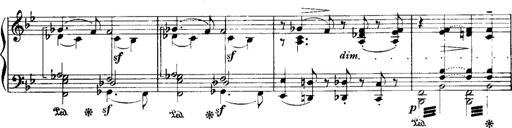
Title: Historische ungarische Bildnisse
Composer: Franz Liszt